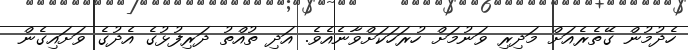
ހެދުމުން ގޭތެރެއަށް މަދިރި ވަނުމަށް ހުރަހަކަށްވާނެއެވެ. އަދި ތުއްތު ދަރިފުޅުގެ އެދުގެ ވަށައިގެން